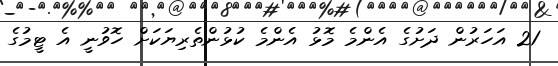
21 އަހަރުން ދަށުގެ އެންމެ މޮޅު އެންމެ ކުޅުންތެރިޔަކަށް ހޮވުނީ އެ ޓީމުގެ